Annual report on the working of the mental hospitals in the Madras Presidency - 1912-1932
Year: 1912
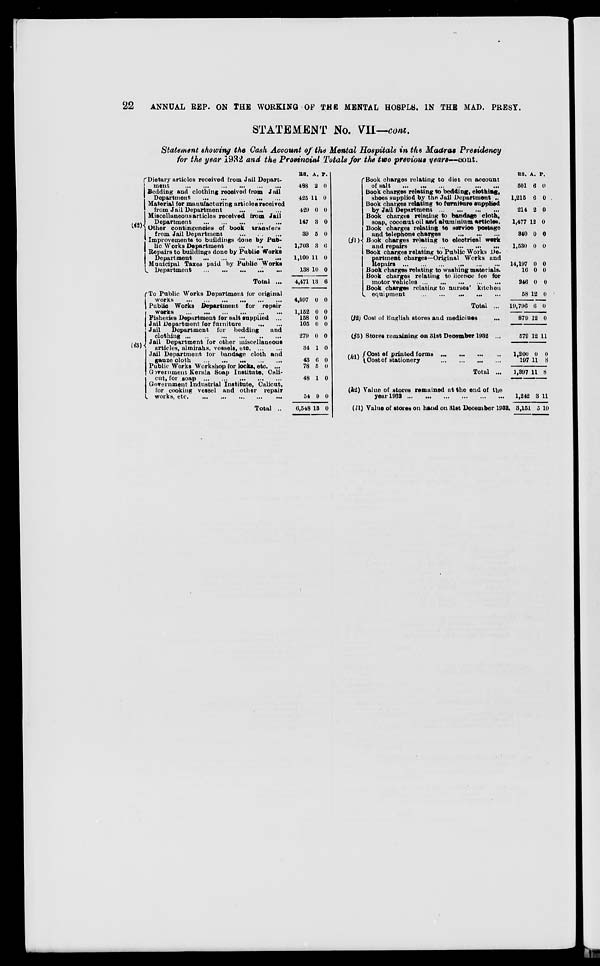
22
ANNUAL REP. ON THE WORKING OF THE MENTAL HOSPLS. IN THE MAD. PRESY.
STATEMENT No. VII—cont.
Statement showing the Cash Account of the Mental Hospitals in the Madras Presidency
for the year 1932 and the Provincial Totals for the two previous years—cont.
(f2)
(i3)
Dietary articles received from Jail Depart-
ment
...
...
...
...
...
...
Bedding and clothing received from Jail
Department ... ... ... ... ...
Material for manufacturing articles received
from Jail Department
...
...
...
Miscellaneous articles received from Jail
Department ... ... ... ... ...
Other contingencies of book transfers
from Jail Department
...
...
...
Improvements to buildings done by Pub-
lic Works Department ... ... ...
Repairs to buildings done by Public Works
Department ... ... ... ... ...
Municipal Taxes paid by Public Works
Department ... ... ... ... ...
Total ...
To Public Works Department for original
works
...
...
...
...
...
...
Public Works Department for repair
works
...
...
...
...
...
...
Fisheries Department for salt supplied ...
Jail Department for furniture
...
...
Jail
Department for bedding
and
clothing
...
...
...
...
...
...
Jail Department for other miscellaneous
articles, almirahs, vessels, etc. ... ... ... ...
Jail Department for bandage cloth and
gauze cloth
...
...
...
...
...
Public Works Workshop for locks, etc. ...
Government Kerala Soap Institute, Cali-
cut, for soap
...
...
...
...
...
Government Industrial Institute, Calicut,
for
cooking vessel and other repair
works, etc. ... ... ... ... ...
Total ..
RS.
488
425
429
147
39
1,703
1,100
138
4,471
4,597
1,152
158
105
279
34
43
78
48
54
6,548
A.
2
11
0
3
5
3
11
10
13
0
0
0
0
0
1
6
5
1
0
13
P.
0
0
0
0
0
6
0
0
6
0
0
0
0
0
0
0
0
0
0
0
(j1)
(f2)
(j3)
(k1)
(k2)
(l1)
Book charges relating to diet on account
of salt
...
...
...
...
...
...
Book charges relating to bedding, clothing,
shoes supplied by the Jail Department ..
Book charges relating to furniture supplied
by Jail Department ... ... ... ...
Book charges relating to bandage cloth,
soap, coconut oil and aluminium articles.
Book charges relating to service postage
and telephone charges
... ... ...
Book charges relating to electrical work
and repairs ... ... ... ... ...
Book charges relating to Public Works De-
partment charges—Original Works and
Repairs ... ... ... ... ... ...
Book charges relating to washing materials.
Book charges relating to licence fee for
motor vehicles ... ... ... ... ...
Book charges relating to nurses' kitchen
equipment
...
...
...
...
...
Total ...
Cost of English stores and medicines ...
Stores remaining on 31st December 1932 ...
Cost of printed forms
...
...
...
...
Cost of stationery
...
...
...
...
Total ...
Value of stores remained at the end of the
year 1932 ...
...
...
...
...
...
Value of stores on hand on 31st December 1932.
RS.
501
1,215
214
1,477
340
1,530
14,197
16
246
58
19,796
879
579
1,200
197
1,397
1,242
3,151
A.
6
6
2
12
0
0
0
0
0
12
6
12
12
0
11
11
3
5
P.
0
0
0
0
0
0
0
0
0
0
0
0
11
0
8
8
11
10